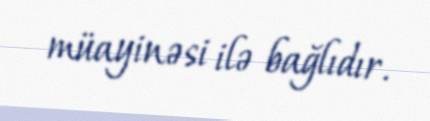
müayinəsi ilə bağlıdır.